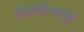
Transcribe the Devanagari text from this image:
तिरुविन्दालुर